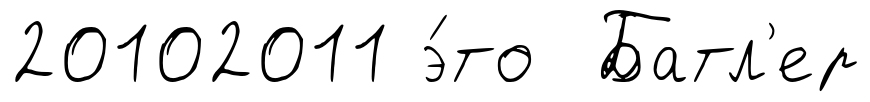
20102011 э́то Батл'ер